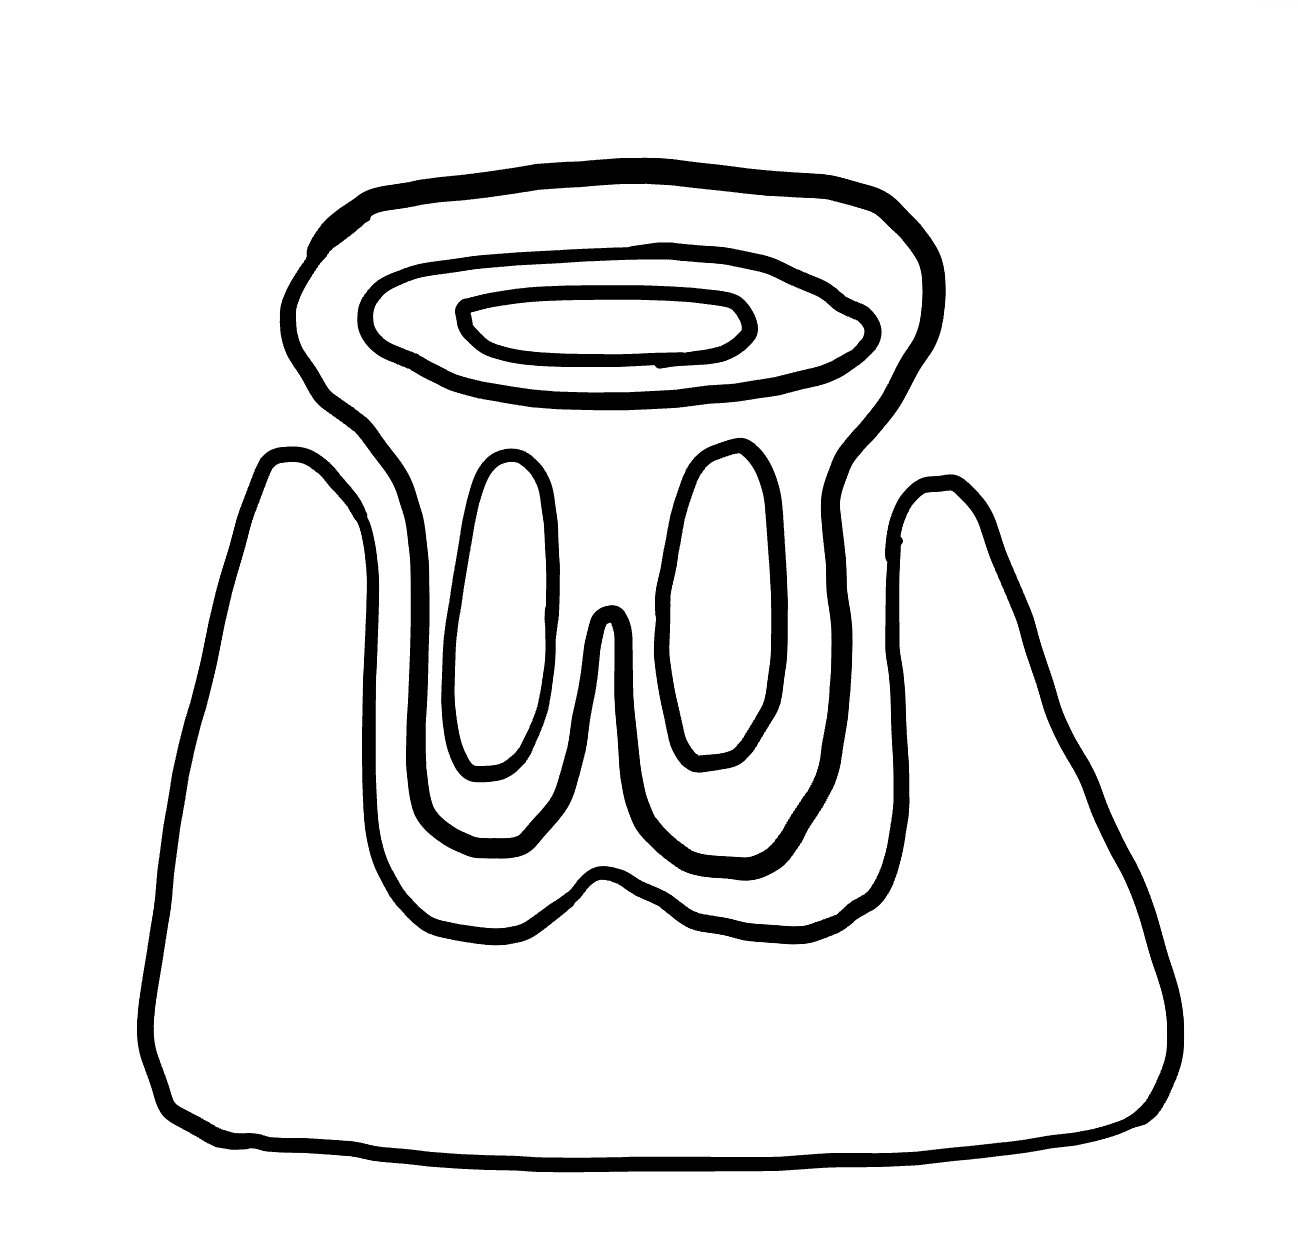
Number of regions (including the outer root region): 7
Containment tree edges (parent, child): 0, 1, 0, 2, 2, 3, 2, 4, 2, 5, 5, 6